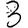
Digit: 3